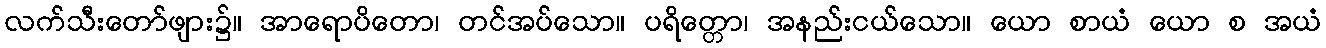
လက်သီးတော်ဖျား၌။ အာရောပိတော၊ တင်အပ်သော။ ပရိတ္တော၊ အနည်းငယ်သော။ ယော စာယံ ယော စ အယံ